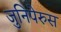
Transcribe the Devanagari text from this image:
जुनिपेरुस